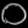
Digit: ၀